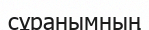
сұранымның